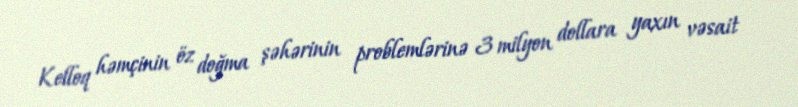
Kelloq həmçinin öz doğma şəhərinin problemlərinə 3 milyon dollara yaxın vəsait